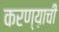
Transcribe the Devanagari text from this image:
करण्य़ाची